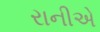
રાનીએ